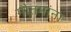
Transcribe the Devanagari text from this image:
गौतमांना